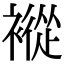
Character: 䙕